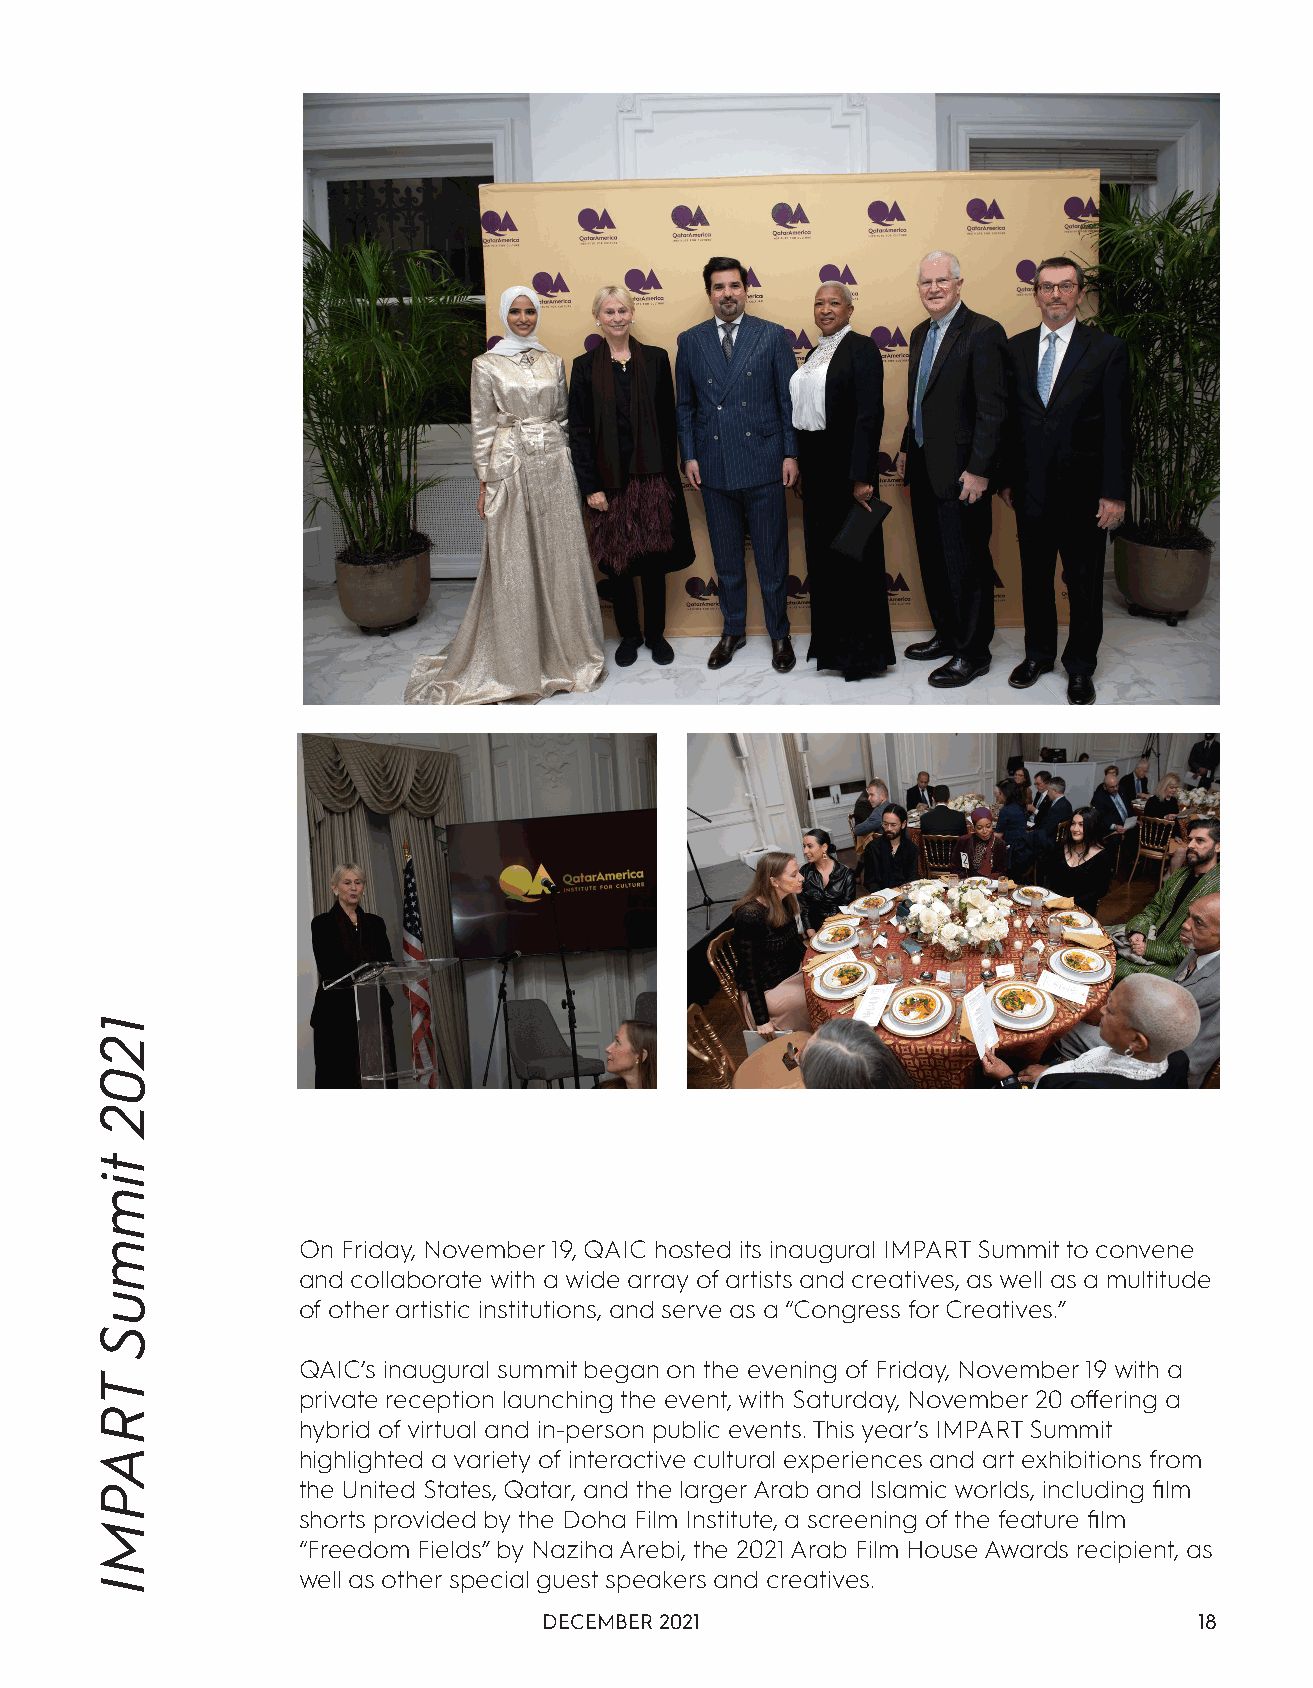
On Friday, November 19, QAIC hosted its inaugural IMPART Summit to convene
 and collaborate with a wide array of artists and creatives, as well as a multitude
 of other artistic institutions, and serve as a “Congress for Creatives.”
 QAIC’s inaugural summit began on the evening of Friday, November 19 with a
 private reception launching the event, with Saturday, November 20 offering a
 hybrid of virtual and in-person public events. This year’s IMPART Summit
 highlighted a variety of interactive cultural experiences and art exhibitions from
 the United States, Qatar, and the larger Arab and Islamic worlds, including film
 shorts provided by the Doha Film Institute, a screening of the feature film
 “Freedom Fields” by Naziha Arebi, the 2021 Arab Film House Awards recipient, as
 well as other special guest speakers and creatives.
 DECEMBER 2021                              18
 1202
 timmuS
 TRAPMI